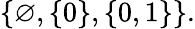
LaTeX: \{ \varnothing,\{ 0\} ,\{ 0,1\} \} .